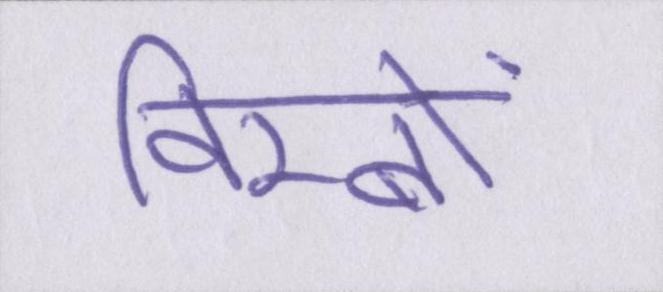
विम्बों